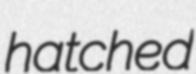
hatched